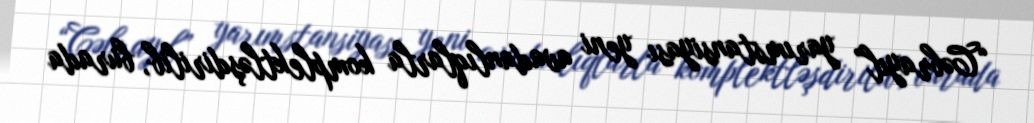
“Cəbrayıl” yarımstansiyası yeni avadanlıqlarla komplektləşdirilib, burada